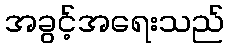
အခွင့်အရေးသည်